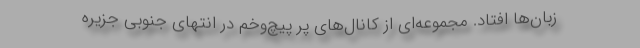
زبان‌ها افتاد. مجموعه‌ای از کانال‌های پر پیچ‌وخم در انتهای جنوبی جزیره